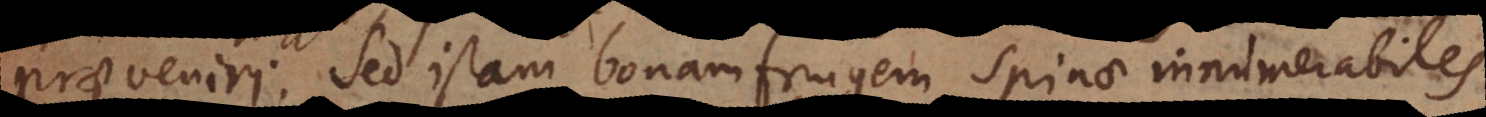
praeveniri. Sed istam bonam frugem spinae innumerabiles